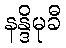
နန္ဒိမုခီ